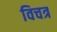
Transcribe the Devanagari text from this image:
विचत्र